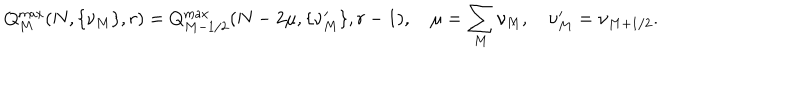
Q _ { M } ^ { \max } ( N , \{ \nu _ { M } \} , r ) = Q _ { M - 1 / 2 } ^ { \max } ( N - 2 \mu , \{ \nu _ { M } ^ { \prime } \} , r - 1 ) , \quad \mu = \sum _ { M } \nu _ { M } , \quad \nu _ { M } ^ { \prime } = \nu _ { M + 1 / 2 } .